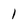
Character: 1